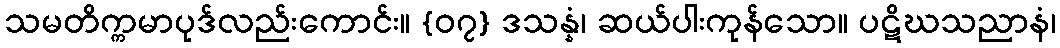
သမတိက္ကမာပုဒ်လည်းကောင်း။ {၀၇} ဒသန္နံ၊ ဆယ်ပါးကုန်သော။ ပဋိဃသညာနံ၊